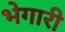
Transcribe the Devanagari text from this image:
भेगारी